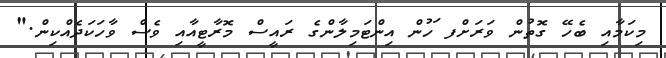
މިކަމާއި ބެހޭ ގޮތުން ވަރަށްފ ަހުން އިންޓަމިލާންގެ ރައީސް މޮރާޓީއާއި ވެސް ވާހަކަދެއްކިން."